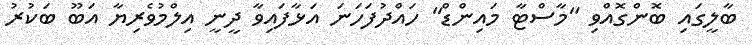
ބާލީގައި ބޮންގޮއްވި "މާސްޓާ މައިންޑް" ހައްދުފަހަނަ އަޅާފައިވާ ދީނީ އިލްމުވެރިޔާ އަބޫ ބަކުރު